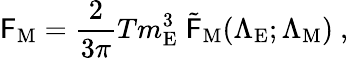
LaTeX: \mathsf{F}_{\mathrm{{M}}}=\frac{{2}}{{3\pi}}Tm_{\mathrm{{E}}}^{3}\; {\tilde{{\mathsf{F}}}}_{\mathrm{{M}}}({\Lambda}_{\mathrm{{E}}};{\Lambda}_{\mathrm{{M}}})\ ,